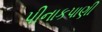
પીનાકપાણી